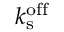
k _ { \mathrm { s } } ^ { \mathrm { o f f } }